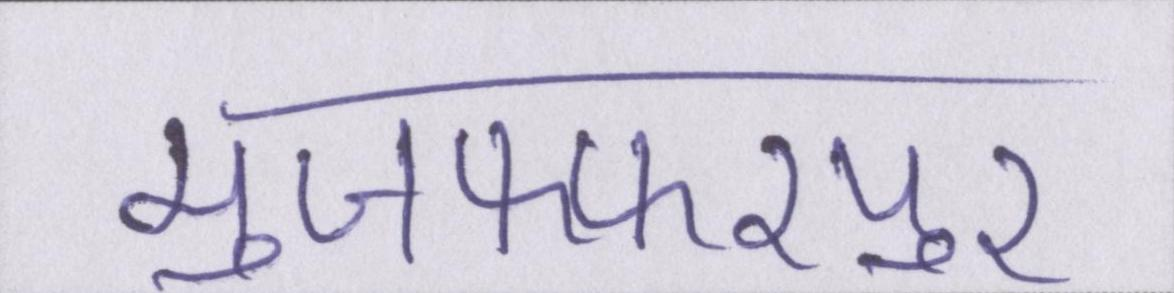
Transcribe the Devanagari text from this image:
मुजफ्फरपुर